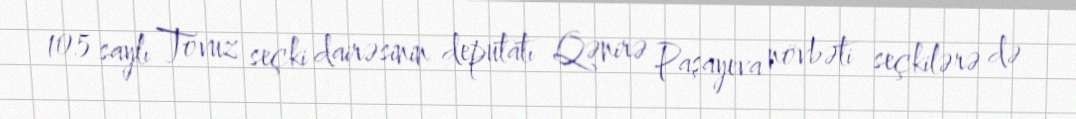
105 saylı Tovuz seçki dairəsinin deputatı Qənirə Paşayeva növbəti seçkilərə də